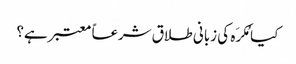
کیا مُکرَہ کی زبانی طلاق شرعاً معتبر ہے؟